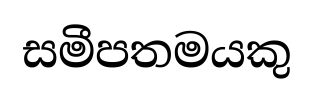
සමීපතමයකු